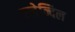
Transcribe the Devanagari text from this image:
एलेन्दिल